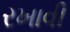
રખાવી